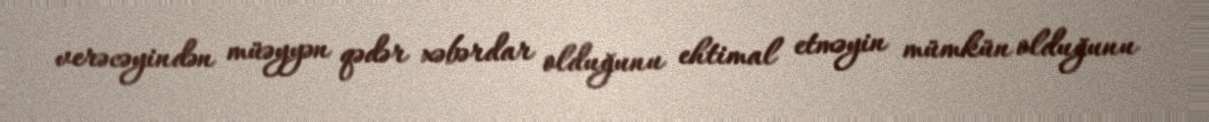
verəcəyindən müəyyən qədər xəbərdar olduğunu ehtimal etməyin mümkün olduğunu